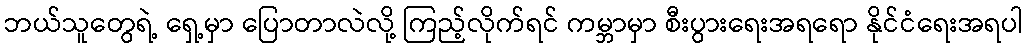
ဘယ်သူတွေရဲ့ ရှေ့မှာ ပြောတာလဲလို့ ကြည့်လိုက်ရင် ကမ္ဘာမှာ စီးပွားရေးအရရော နိုင်ငံရေးအရပါ